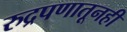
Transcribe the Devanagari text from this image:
रुद्रपणातूनही